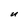
Character: u